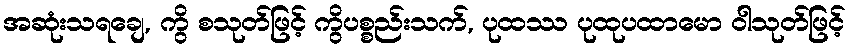
အဆုံးသရချေ, ကွိ စသုတ်ဖြင့် ကွိပစ္စည်းသက်, ပုထဿ ပုထုပထာမော ဝါသုတ်ဖြင့်